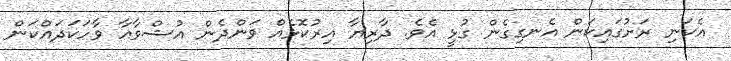
އެކަނި ރަށުގައިކަން އެނގިގެން ގުޅީ އެވެ. ދާރިޔާ އިރުކޮޅެއް ވަންދެން އުޝްވާއާ ވާހަކަދައްކަން